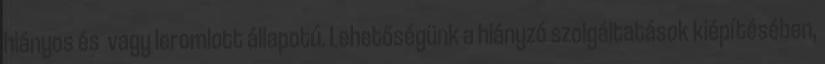
hiányos és vagy leromlott állapotú. Lehetőségünk a hiányzó szolgáltatások kiépítésében,